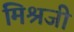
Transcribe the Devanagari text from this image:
मिश्रजी